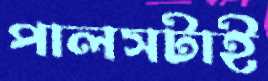
পালসটাই